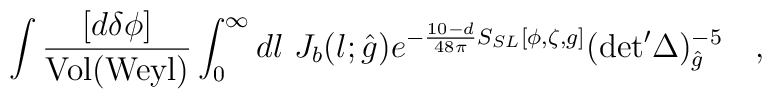
\int {{[d\delta \phi] }\over{ {\rm Vol}({\rm Weyl}) }} \int_0^{\infty}  dl ~ J_b(l;{\hat{g}}) e^{-{{10-d}\over{48\pi}} S_{SL}[\phi,\zeta,g]}    ({\rm det}^{\prime} \Delta )_{{\hat{g}}}^{-5}   \quad ,